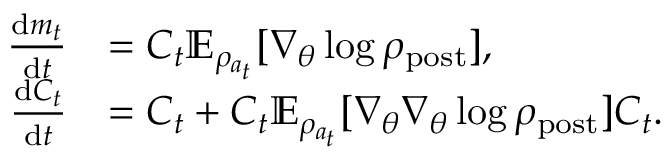
\begin{array} { r l } { \frac { \mathrm { d } m _ { t } } { \mathrm { d } t } } & { = C _ { t } \mathbb { E } _ { \rho _ { a _ { t } } } [ \nabla _ { \theta } \log \rho _ { \mathrm { p o s t } } ] , } \\ { \frac { \mathrm { d } C _ { t } } { \mathrm { d } t } } & { = C _ { t } + C _ { t } \mathbb { E } _ { \rho _ { a _ { t } } } [ \nabla _ { \theta } \nabla _ { \theta } \log \rho _ { \mathrm { p o s t } } ] C _ { t } . } \end{array}